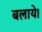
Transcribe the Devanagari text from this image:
बलाये।